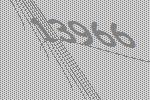
13966